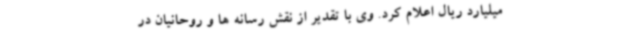
میلیارد ریال اعلام کرد. وی با تقدیر از نقش رسانه ها و روحانیان در